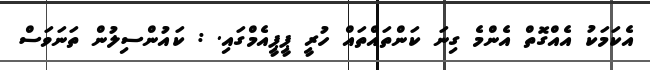
އެކަމަކު އެއްގޮތް އެންމެ ގިނަ ކަންތައްތައް ހުރީ ޕީޕީއެމްގައި. : ކައުންސިލުން ތަނަވަސް